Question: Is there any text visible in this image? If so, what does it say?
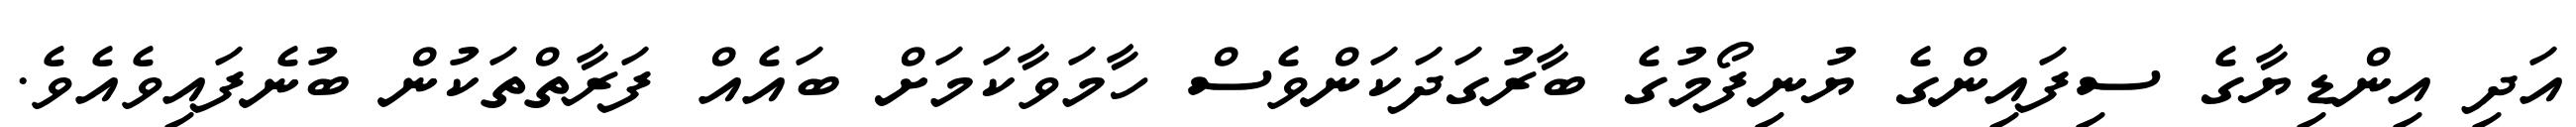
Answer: އަދި އިންޑިޔާގެ ސިފައިންގެ ޔުނިފޯމުގެ ބާރުގަދަކަންވެސް ހާމަވާކަމަށް ބައެއް ފަރާތްތަކުން ބުނެފައިވެއެވެ.